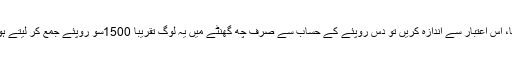
ممبئی کے اس واقعے میں آدھے گھنٹے میں درجن بھر رسید کا اوسط رہا، اس اعتبار سے اندازہ کریں تو دس روپئے کے حساب سے صرف چھ گھنٹے میں یہ لوگ تقریباً 1500سو روپئے جمع کر لیتے ہوں گے اور ہفتے میں تقریباً 10500اور مہینے میں تقریباً 40-45ہزار!